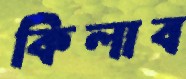
কিলাব